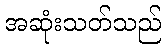
အဆုံးသတ်သည်